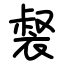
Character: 裻